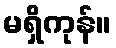
မရှိကုန်။